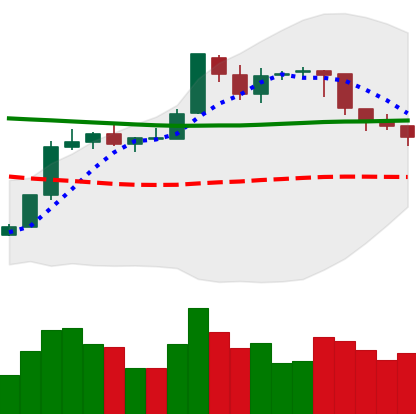
Ticker: BTC-USD
Chart end date: 2018-08-03
Forward return: -15.181%
Label: down_7plus